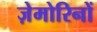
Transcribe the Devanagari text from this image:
ज़ेमोरिनों